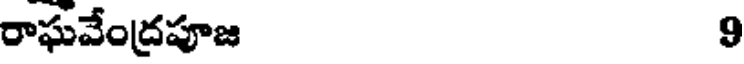
రాఘవేంద్రపూజ 9